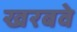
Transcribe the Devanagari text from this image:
खरबवे